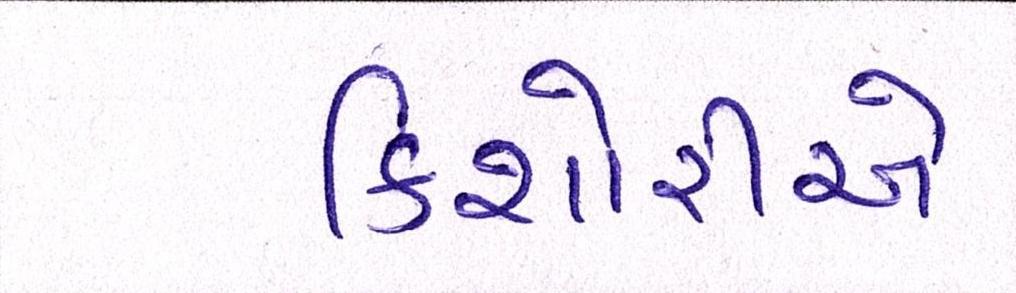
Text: કિશોરીએ